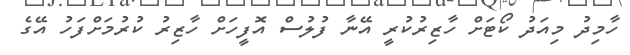
ހާމިދު މިއަދު ކޯޓަށް ހާޒިރުކުރީ އޭނާ ފުލުސް އޮފީހަށް ހާޒިރު ކުރުމަށްފަހު އޭގެ